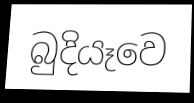
බුදියෑවෙ